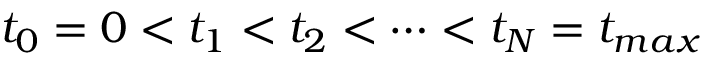
t _ { 0 } = 0 < t _ { 1 } < t _ { 2 } < \cdots < t _ { N } = t _ { m a x }